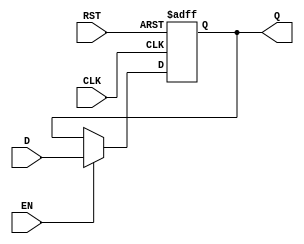
module StageRegister #(
    parameter WIDTH = 8  // Width of the register (default is 8 bits)
)(
    input  wire [WIDTH-1:0] D,      // Data input
    input  wire CLK,                  // Clock input
    input  wire RST,                  // Reset input
    input  wire EN,                   // Enable input (optional)
    output reg  [WIDTH-1:0] Q         // Data output
);

// Asynchronous Reset
always @(posedge CLK or posedge RST) begin
    if (RST) begin
        Q <= {WIDTH{1'b0}}; // Reset to 0
    end else if (EN) begin
        Q <= D; // Capture the input data on clock edge if enabled
    end
end

endmodule